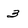
Character: 3